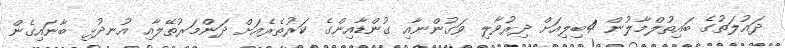
ދައުލަތުގެ ބައިތުލްމާލުން 4ބިލިއަށް ދިރުވާލި ވަގުންނާއި ގުންޑާއިންގެ ކަރުތެރެއަށް ދަންމަރުތޭލާއި އުނދުޅި ބާނައިގެން